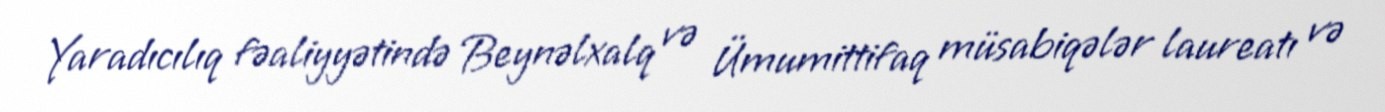
Yaradıcılıq fəaliyyətində Beynəlxalq və Ümumittifaq müsabiqələr laureatı və